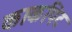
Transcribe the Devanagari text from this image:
काकपिट